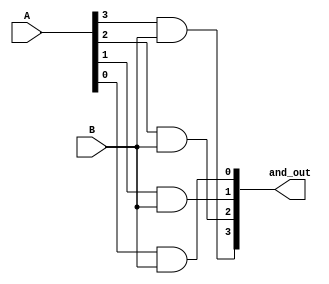
`timescale 1ns / 1ps

module AND_mod( input [3:0] A, 
                input B,
                output reg [3:0] and_out );
                
always @ (*)
begin 

    and_out[3] = A[3] & B;
    and_out[2] = A[2] & B;
    and_out[1] = A[1] & B;
    and_out[0] = A[0] & B;

end               
endmodule